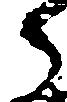
ら